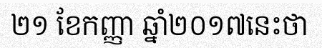
២១ ខែកញ្ញា ឆ្នាំ២០១៧នេះថា